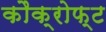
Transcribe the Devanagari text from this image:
कौक्रोफ्ट